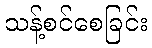
သန့်စင်စေခြင်း